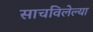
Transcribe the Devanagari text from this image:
साचविलेल्या